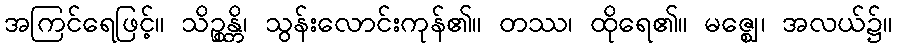
အကြင်ရေဖြင့်။ သိဉ္စန္တိ၊ သွန်းလောင်းကုန်၏။ တဿ၊ ထိုရေ၏။ မဇ္ဈေ၊ အလယ်၌။